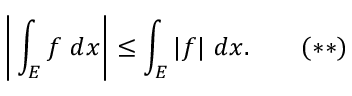
{ \Bigg | } \int _ { E } f \ d x { \Bigg | } \leq \int _ { E } | f | \ d x . \quad \quad ( * * )